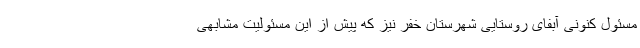
مسئول کنونی آبفای روستایی شهرستان خفر نیز که پیش از این مسئولیت مشابهی